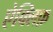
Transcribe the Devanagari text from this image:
ऐक्लिफ़